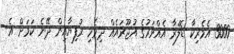
3000 އެމެރިކާ ޑޮލަރާ އެއްވަރުގެ އުޖޫރައެއް ދިވެހި ރުފިޔާއިން ދޭނެ ކަމަށް އެ